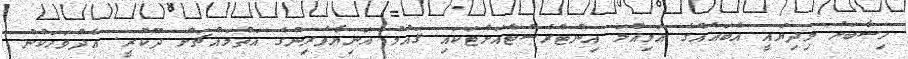
ހިސާބަށް މިދިޔައީ އެބައެއްގެ އަމިއްލަ އިންޓްރެސްޓްއަށްޓަކައި ޤައުމު އަނިޔާވެރިންގެ އަތްމައްޗަށް ދޫކުރީ. އެދުވަހަކުން